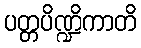
ပတ္တပိဏ္ဍိကာတိ